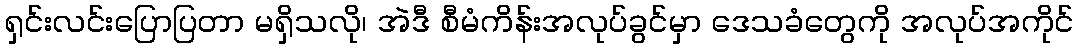
ရှင်းလင်းပြောပြတာ မရှိသလို၊ အဲဒီ စီမံကိန်းအလုပ်ခွင်မှာ ဒေသခံတွေကို အလုပ်အကိုင်